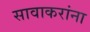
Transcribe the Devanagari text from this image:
सावाकरांना